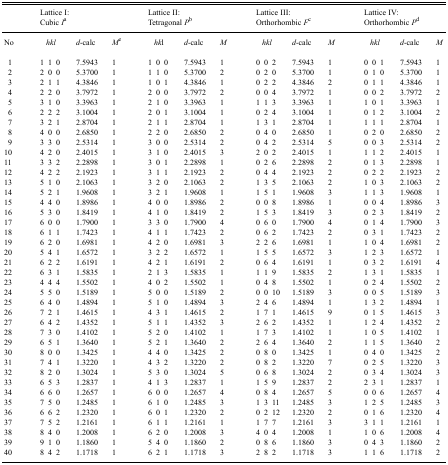
<table><thead><tr><td></td><td colspan="5"><b>Lattice I: Cubic <i>I</i>a</b></td><td colspan="5"><b>Lattice II: Tetragonal <i>P</i>b</b></td><td colspan="5"><b>Lattice III: Orthorhombic <i>F</i>c</b></td><td colspan="5"><b>Lattice IV: Orthorhombic <i>P</i>d</b></td></tr></thead><tbody><tr><td>No</td><td colspan="3"><i>hkl</i></td><td><i>d</i>-calc</td><td><i>M</i>e</td><td colspan="3"><i>hk</i>l</td><td><i>d</i>-calc</td><td><i>M</i></td><td colspan="3"><i>hkl</i></td><td><i>d</i>-calc</td><td><i>M</i></td><td colspan="3"><i>hkl</i></td><td><i>d</i>-calc</td><td><i>M</i></td></tr><tr><td>1</td><td>1</td><td>1</td><td>0</td><td>7.5943</td><td>1</td><td>1</td><td>0</td><td>0</td><td>7.5943</td><td>1</td><td>0</td><td>0</td><td>2</td><td>7.5943</td><td>1</td><td>0</td><td>0</td><td>1</td><td>7.5943</td><td>1</td></tr><tr><td>2</td><td>2</td><td>0</td><td>0</td><td>5.3700</td><td>1</td><td>1</td><td>1</td><td>0</td><td>5.3700</td><td>2</td><td>0</td><td>2</td><td>0</td><td>5.3700</td><td>1</td><td>0</td><td>1</td><td>0</td><td>5.3700</td><td>1</td></tr><tr><td>3</td><td>2</td><td>1</td><td>1</td><td>4.3846</td><td>1</td><td>1</td><td>0</td><td>1</td><td>4.3846</td><td>1</td><td>0</td><td>2</td><td>2</td><td>4.3846</td><td>2</td><td>0</td><td>1</td><td>1</td><td>4.3846</td><td>1</td></tr><tr><td>4</td><td>2</td><td>2</td><td>0</td><td>3.7972</td><td>1</td><td>2</td><td>0</td><td>0</td><td>3.7972</td><td>2</td><td>0</td><td>0</td><td>4</td><td>3.7972</td><td>1</td><td>0</td><td>0</td><td>2</td><td>3.7972</td><td>2</td></tr><tr><td>5</td><td>3</td><td>1</td><td>0</td><td>3.3963</td><td>1</td><td>2</td><td>1</td><td>0</td><td>3.3963</td><td>1</td><td>1</td><td>1</td><td>3</td><td>3.3963</td><td>1</td><td>1</td><td>0</td><td>1</td><td>3.3963</td><td>1</td></tr><tr><td>6</td><td>2</td><td>2</td><td>2</td><td>3.1004</td><td>1</td><td>2</td><td>0</td><td>1</td><td>3.1004</td><td>1</td><td>0</td><td>2</td><td>4</td><td>3.1004</td><td>1</td><td>0</td><td>1</td><td>2</td><td>3.1004</td><td>2</td></tr><tr><td>7</td><td>3</td><td>2</td><td>1</td><td>2.8704</td><td>1</td><td>2</td><td>1</td><td>1</td><td>2.8704</td><td>1</td><td>1</td><td>3</td><td>1</td><td>2.8704</td><td>1</td><td>1</td><td>1</td><td>1</td><td>2.8704</td><td>1</td></tr><tr><td>8</td><td>4</td><td>0</td><td>0</td><td>2.6850</td><td>1</td><td>2</td><td>2</td><td>0</td><td>2.6850</td><td>2</td><td>0</td><td>4</td><td>0</td><td>2.6850</td><td>1</td><td>0</td><td>2</td><td>0</td><td>2.6850</td><td>2</td></tr><tr><td>9</td><td>3</td><td>3</td><td>0</td><td>2.5314</td><td>1</td><td>3</td><td>0</td><td>0</td><td>2.5314</td><td>2</td><td>0</td><td>4</td><td>2</td><td>2.5314</td><td>5</td><td>0</td><td>0</td><td>3</td><td>2.5314</td><td>2</td></tr><tr><td>10</td><td>4</td><td>2</td><td>0</td><td>2.4015</td><td>1</td><td>3</td><td>1</td><td>0</td><td>2.4015</td><td>3</td><td>2</td><td>0</td><td>2</td><td>2.4015</td><td>1</td><td>1</td><td>1</td><td>2</td><td>2.4015</td><td>1</td></tr><tr><td>11</td><td>3</td><td>3</td><td>2</td><td>2.2898</td><td>1</td><td>3</td><td>0</td><td>1</td><td>2.2898</td><td>1</td><td>0</td><td>2</td><td>6</td><td>2.2898</td><td>2</td><td>0</td><td>1</td><td>3</td><td>2.2898</td><td>1</td></tr><tr><td>12</td><td>4</td><td>2</td><td>2</td><td>2.1923</td><td>1</td><td>3</td><td>1</td><td>1</td><td>2.1923</td><td>2</td><td>0</td><td>4</td><td>4</td><td>2.1923</td><td>2</td><td>0</td><td>2</td><td>2</td><td>2.1923</td><td>2</td></tr><tr><td>13</td><td>5</td><td>1</td><td>0</td><td>2.1063</td><td>1</td><td>3</td><td>2</td><td>0</td><td>2.1063</td><td>2</td><td>1</td><td>3</td><td>5</td><td>2.1063</td><td>2</td><td>1</td><td>0</td><td>3</td><td>2.1063</td><td>2</td></tr><tr><td>14</td><td>5</td><td>2</td><td>1</td><td>1.9608</td><td>1</td><td>3</td><td>2</td><td>1</td><td>1.9608</td><td>1</td><td>1</td><td>5</td><td>1</td><td>1.9608</td><td>3</td><td>1</td><td>1</td><td>3</td><td>1.9608</td><td>1</td></tr><tr><td>15</td><td>4</td><td>4</td><td>0</td><td>1.8986</td><td>1</td><td>4</td><td>0</td><td>0</td><td>1.8986</td><td>2</td><td>0</td><td>0</td><td>8</td><td>1.8986</td><td>1</td><td>0</td><td>0</td><td>4</td><td>1.8986</td><td>3</td></tr><tr><td>16</td><td>5</td><td>3</td><td>0</td><td>1.8419</td><td>1</td><td>4</td><td>1</td><td>0</td><td>1.8419</td><td>2</td><td>1</td><td>5</td><td>3</td><td>1.8419</td><td>3</td><td>0</td><td>2</td><td>3</td><td>1.8419</td><td>2</td></tr><tr><td>17</td><td>6</td><td>0</td><td>0</td><td>1.7900</td><td>1</td><td>3</td><td>3</td><td>0</td><td>1.7900</td><td>4</td><td>0</td><td>6</td><td>0</td><td>1.7900</td><td>4</td><td>0</td><td>1</td><td>4</td><td>1.7900</td><td>3</td></tr><tr><td>18</td><td>6</td><td>1</td><td>1</td><td>1.7423</td><td>1</td><td>4</td><td>1</td><td>1</td><td>1.7423</td><td>2</td><td>0</td><td>6</td><td>2</td><td>1.7423</td><td>2</td><td>0</td><td>3</td><td>1</td><td>1.7423</td><td>2</td></tr><tr><td>19</td><td>6</td><td>2</td><td>0</td><td>1.6981</td><td>1</td><td>4</td><td>2</td><td>0</td><td>1.6981</td><td>3</td><td>2</td><td>2</td><td>6</td><td>1.6981</td><td>1</td><td>1</td><td>0</td><td>4</td><td>1.6981</td><td>2</td></tr><tr><td>20</td><td>5</td><td>4</td><td>1</td><td>1.6572</td><td>1</td><td>3</td><td>2</td><td>2</td><td>1.6572</td><td>1</td><td>1</td><td>5</td><td>5</td><td>1.6572</td><td>3</td><td>1</td><td>2</td><td>3</td><td>1.6572</td><td>1</td></tr><tr><td>21</td><td>6</td><td>2</td><td>2</td><td>1.6191</td><td>1</td><td>4</td><td>2</td><td>1</td><td>1.6191</td><td>2</td><td>0</td><td>6</td><td>4</td><td>1.6191</td><td>1</td><td>0</td><td>3</td><td>2</td><td>1.6191</td><td>4</td></tr><tr><td>22</td><td>6</td><td>3</td><td>1</td><td>1.5835</td><td>1</td><td>2</td><td>1</td><td>3</td><td>1.5835</td><td>1</td><td>1</td><td>1</td><td>9</td><td>1.5835</td><td>2</td><td>1</td><td>3</td><td>1</td><td>1.5835</td><td>1</td></tr><tr><td>23</td><td>4</td><td>4</td><td>4</td><td>1.5502</td><td>1</td><td>4</td><td>0</td><td>2</td><td>1.5502</td><td>1</td><td>0</td><td>4</td><td>8</td><td>1.5502</td><td>1</td><td>0</td><td>2</td><td>4</td><td>1.5502</td><td>2</td></tr><tr><td>24</td><td>5</td><td>5</td><td>0</td><td>1.5189</td><td>1</td><td>5</td><td>0</td><td>0</td><td>1.5189</td><td>2</td><td>0</td><td>0</td><td>10</td><td>1.5189</td><td>3</td><td>0</td><td>0</td><td>5</td><td>1.5189</td><td>3</td></tr><tr><td>25</td><td>6</td><td>4</td><td>0</td><td>1.4894</td><td>1</td><td>5</td><td>1</td><td>0</td><td>1.4894</td><td>3</td><td>2</td><td>4</td><td>6</td><td>1.4894</td><td>1</td><td>1</td><td>3</td><td>2</td><td>1.4894</td><td>1</td></tr><tr><td>26</td><td>7</td><td>2</td><td>1</td><td>1.4615</td><td>1</td><td>4</td><td>3</td><td>1</td><td>1.4615</td><td>2</td><td>1</td><td>7</td><td>1</td><td>1.4615</td><td>9</td><td>0</td><td>1</td><td>5</td><td>1.4615</td><td>3</td></tr><tr><td>27</td><td>6</td><td>4</td><td>2</td><td>1.4352</td><td>1</td><td>5</td><td>1</td><td>1</td><td>1.4352</td><td>3</td><td>2</td><td>6</td><td>2</td><td>1.4352</td><td>1</td><td>1</td><td>2</td><td>4</td><td>1.4352</td><td>2</td></tr><tr><td>28</td><td>7</td><td>3</td><td>0</td><td>1.4102</td><td>1</td><td>5</td><td>2</td><td>0</td><td>1.4102</td><td>1</td><td>1</td><td>7</td><td>3</td><td>1.4102</td><td>1</td><td>1</td><td>0</td><td>5</td><td>1.4102</td><td>1</td></tr><tr><td>29</td><td>6</td><td>5</td><td>1</td><td>1.3640</td><td>1</td><td>5</td><td>2</td><td>1</td><td>1.3640</td><td>2</td><td>2</td><td>6</td><td>4</td><td>1.3640</td><td>2</td><td>1</td><td>1</td><td>5</td><td>1.3640</td><td>2</td></tr><tr><td>30</td><td>8</td><td>0</td><td>0</td><td>1.3425</td><td>1</td><td>4</td><td>4</td><td>0</td><td>1.3425</td><td>2</td><td>0</td><td>8</td><td>0</td><td>1.3425</td><td>1</td><td>0</td><td>4</td><td>0</td><td>1.3425</td><td>2</td></tr><tr><td>31</td><td>7</td><td>4</td><td>1</td><td>1.3220</td><td>1</td><td>4</td><td>3</td><td>2</td><td>1.3220</td><td>2</td><td>0</td><td>8</td><td>2</td><td>1.3220</td><td>7</td><td>0</td><td>2</td><td>5</td><td>1.3220</td><td>3</td></tr><tr><td>32</td><td>8</td><td>2</td><td>0</td><td>1.3024</td><td>1</td><td>5</td><td>3</td><td>0</td><td>1.3024</td><td>5</td><td>0</td><td>6</td><td>8</td><td>1.3024</td><td>2</td><td>0</td><td>3</td><td>4</td><td>1.3024</td><td>3</td></tr><tr><td>33</td><td>6</td><td>5</td><td>3</td><td>1.2837</td><td>1</td><td>4</td><td>1</td><td>3</td><td>1.2837</td><td>1</td><td>1</td><td>5</td><td>9</td><td>1.2837</td><td>2</td><td>2</td><td>3</td><td>1</td><td>1.2837</td><td>1</td></tr><tr><td>34</td><td>6</td><td>6</td><td>0</td><td>1.2657</td><td>1</td><td>6</td><td>0</td><td>0</td><td>1.2657</td><td>4</td><td>0</td><td>8</td><td>4</td><td>1.2657</td><td>5</td><td>0</td><td>0</td><td>6</td><td>1.2657</td><td>4</td></tr><tr><td>35</td><td>7</td><td>5</td><td>0</td><td>1.2485</td><td>1</td><td>6</td><td>1</td><td>0</td><td>1.2485</td><td>3</td><td>1</td><td>3</td><td>11</td><td>1.2485</td><td>3</td><td>1</td><td>2</td><td>5</td><td>1.2485</td><td>3</td></tr><tr><td>36</td><td>6</td><td>6</td><td>2</td><td>1.2320</td><td>1</td><td>6</td><td>0</td><td>1</td><td>1.2320</td><td>2</td><td>0</td><td>2</td><td>12</td><td>1.2320</td><td>2</td><td>0</td><td>1</td><td>6</td><td>1.2320</td><td>4</td></tr><tr><td>37</td><td>7</td><td>5</td><td>2</td><td>1.2161</td><td>1</td><td>6</td><td>1</td><td>1</td><td>1.2161</td><td>1</td><td>1</td><td>7</td><td>7</td><td>1.2161</td><td>3</td><td>3</td><td>1</td><td>1</td><td>1.2161</td><td>1</td></tr><tr><td>38</td><td>8</td><td>4</td><td>0</td><td>1.2008</td><td>1</td><td>6</td><td>2</td><td>0</td><td>1.2008</td><td>3</td><td>4</td><td>0</td><td>4</td><td>1.2008</td><td>1</td><td>1</td><td>0</td><td>6</td><td>1.2008</td><td>4</td></tr><tr><td>39</td><td>9</td><td>1</td><td>0</td><td>1.1860</td><td>1</td><td>5</td><td>4</td><td>0</td><td>1.1860</td><td>2</td><td>0</td><td>8</td><td>6</td><td>1.1860</td><td>3</td><td>0</td><td>4</td><td>3</td><td>1.1860</td><td>2</td></tr><tr><td>40</td><td>8</td><td>4</td><td>2</td><td>1.1718</td><td>1</td><td>6</td><td>2</td><td>1</td><td>1.1718</td><td>3</td><td>2</td><td>8</td><td>2</td><td>1.1718</td><td>3</td><td>1</td><td>1</td><td>6</td><td>1.1718</td><td>2</td></tr></tbody></table>